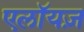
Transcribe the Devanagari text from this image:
एलॉयज़